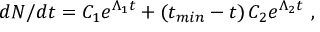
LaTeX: d N / d t = C _ { 1 } e ^ { \Lambda _ { 1 } t } + ( t _ { m i n } - t ) \, C _ { 2 } e ^ { \Lambda _ { 2 } t } \ ,